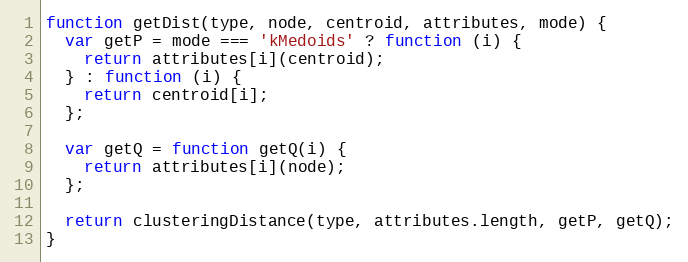
Language: JavaScript
function getDist(type, node, centroid, attributes, mode) {
  var getP = mode === 'kMedoids' ? function (i) {
    return attributes[i](centroid);
  } : function (i) {
    return centroid[i];
  };

  var getQ = function getQ(i) {
    return attributes[i](node);
  };

  return clusteringDistance(type, attributes.length, getP, getQ);
}